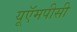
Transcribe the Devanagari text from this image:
यूऍमपीसी